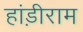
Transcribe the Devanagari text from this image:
हांड़ीराम